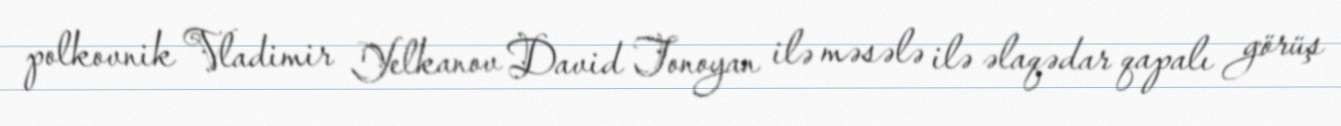
polkovnik Vladimir Yelkanov David Tonoyan ilə məsələ ilə əlaqədar qapalı görüş